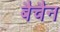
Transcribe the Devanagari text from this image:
बैचैन